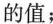
的值；